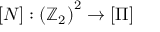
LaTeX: \left[ N \right] : \left( \mathbb { Z } _ { 2 } \right) ^ { 2 } \rightarrow \left[ \Pi \right]